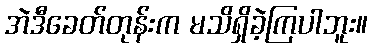
အဲဒီခေတ်တုန်းက မသိရှိခဲ့ကြပါဘူး။